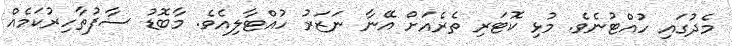
މެދުގައި ހުއްޓުނެވެ. މުޅި ކޮޓަރި ތެރެއަށް އޭނާ ނަޒަރު ހުއްޓާލިއެވެ. މާބޮޑު ސާފުތާހިރުކަމެއް